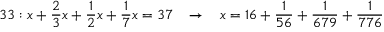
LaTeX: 3 3 : x + { \frac { 2 } { 3 } } x + { \frac { 1 } { 2 } } x + { \frac { 1 } { 7 } } x = 3 7 \; \; \; \rightarrow \; \; \; x = 1 6 + { \frac { 1 } { 5 6 } } + { \frac { 1 } { 6 7 9 } } + { \frac { 1 } { 7 7 6 } }